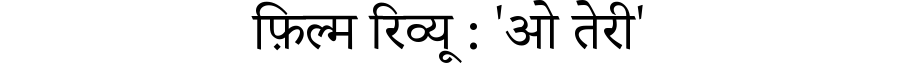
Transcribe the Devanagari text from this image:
फ़िल्म रिव्यू : 'ओ तेरी'